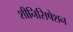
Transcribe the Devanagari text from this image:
शीनिसिषेशन